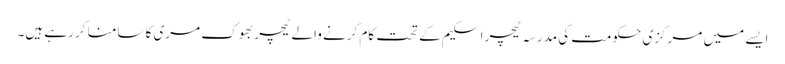
ایسے میں مرکزی حکومت کی مدرسہ ٹیچر اسکیم کے تحت کام کرنے والے ٹیچر بھوک مری کا سامنا کر رہے ہیں۔